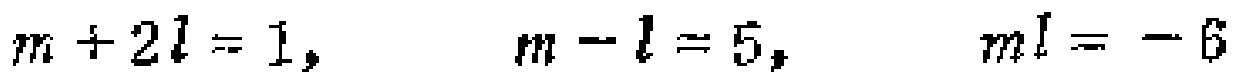
\(m + 2l = 1,\quad m - l = 5,\quad ml = - 6\)